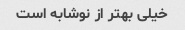
خیلی بهتر از نوشابه است